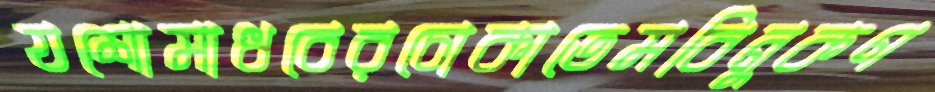
যশোমাধবেরচোকাতেমবিনুকণ